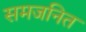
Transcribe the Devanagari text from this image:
समजनित